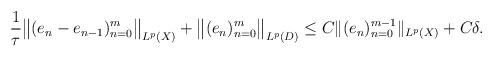
LaTeX: \begin{align*} \frac{1}{\tau}\big\|(e_n-e_{n-1} )_{n=0}^m\big\|_{ L^p(X)} + \big\|(e_n )_{n=0}^m\big\|_{ L^p(D)}\le C\|(e_n)_{n=0}^{m-1}\|_{L^p(X)} +C\delta .\end{align*}